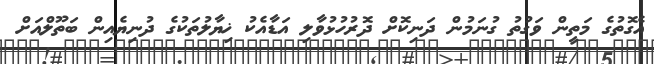
އެގޮތުގެ މަތީން ވަގުތު ގުނަމުން ދަނިކޮށް ދޮރުހުޅުވާލި އަޑާއެކު ޚިޔާލުތަކުގެ ދުނިޔެއިން ބަތޫލްއަށް